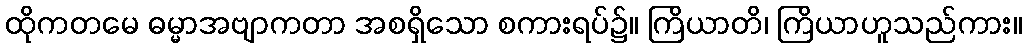
ထိုကတမေ ဓမ္မာအဗျာကတာ အစရှိသော စကားရပ်၌။ ကြိယာတိ၊ ကြိယာဟူသည်ကား။